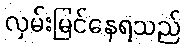
လှမ်းမြင်နေရသည်